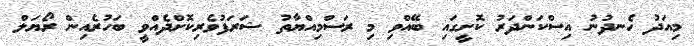
މިއަދު ހެނދުނު އިސްކަންދަރު ކޮށީގައި ބޭއްވި މި ރަސްމިއްޔާތު ޝަރަފުވެރިކޮށްދެއްވީ ބަހުރެއިން ރޯޔަލް